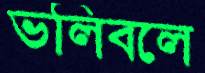
ভলিবলে